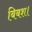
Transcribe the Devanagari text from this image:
बिबश।